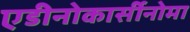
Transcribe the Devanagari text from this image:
एडीनोकार्सीनोमा